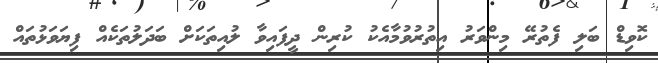
ކޮވިޑް ބަލި ފެތުރޭ މިންވަރު އިތުރުވުމާއެކު ކުރިން ދީފައިވާ ލުއިތަކަށް ބަދަލުތަކެއް ފިޔަވަޅުތައް